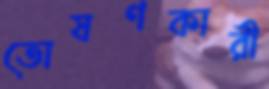
তোষণকারী